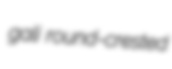
gali round-crested